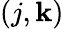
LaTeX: \left({j,\mathbf{k}}\right)